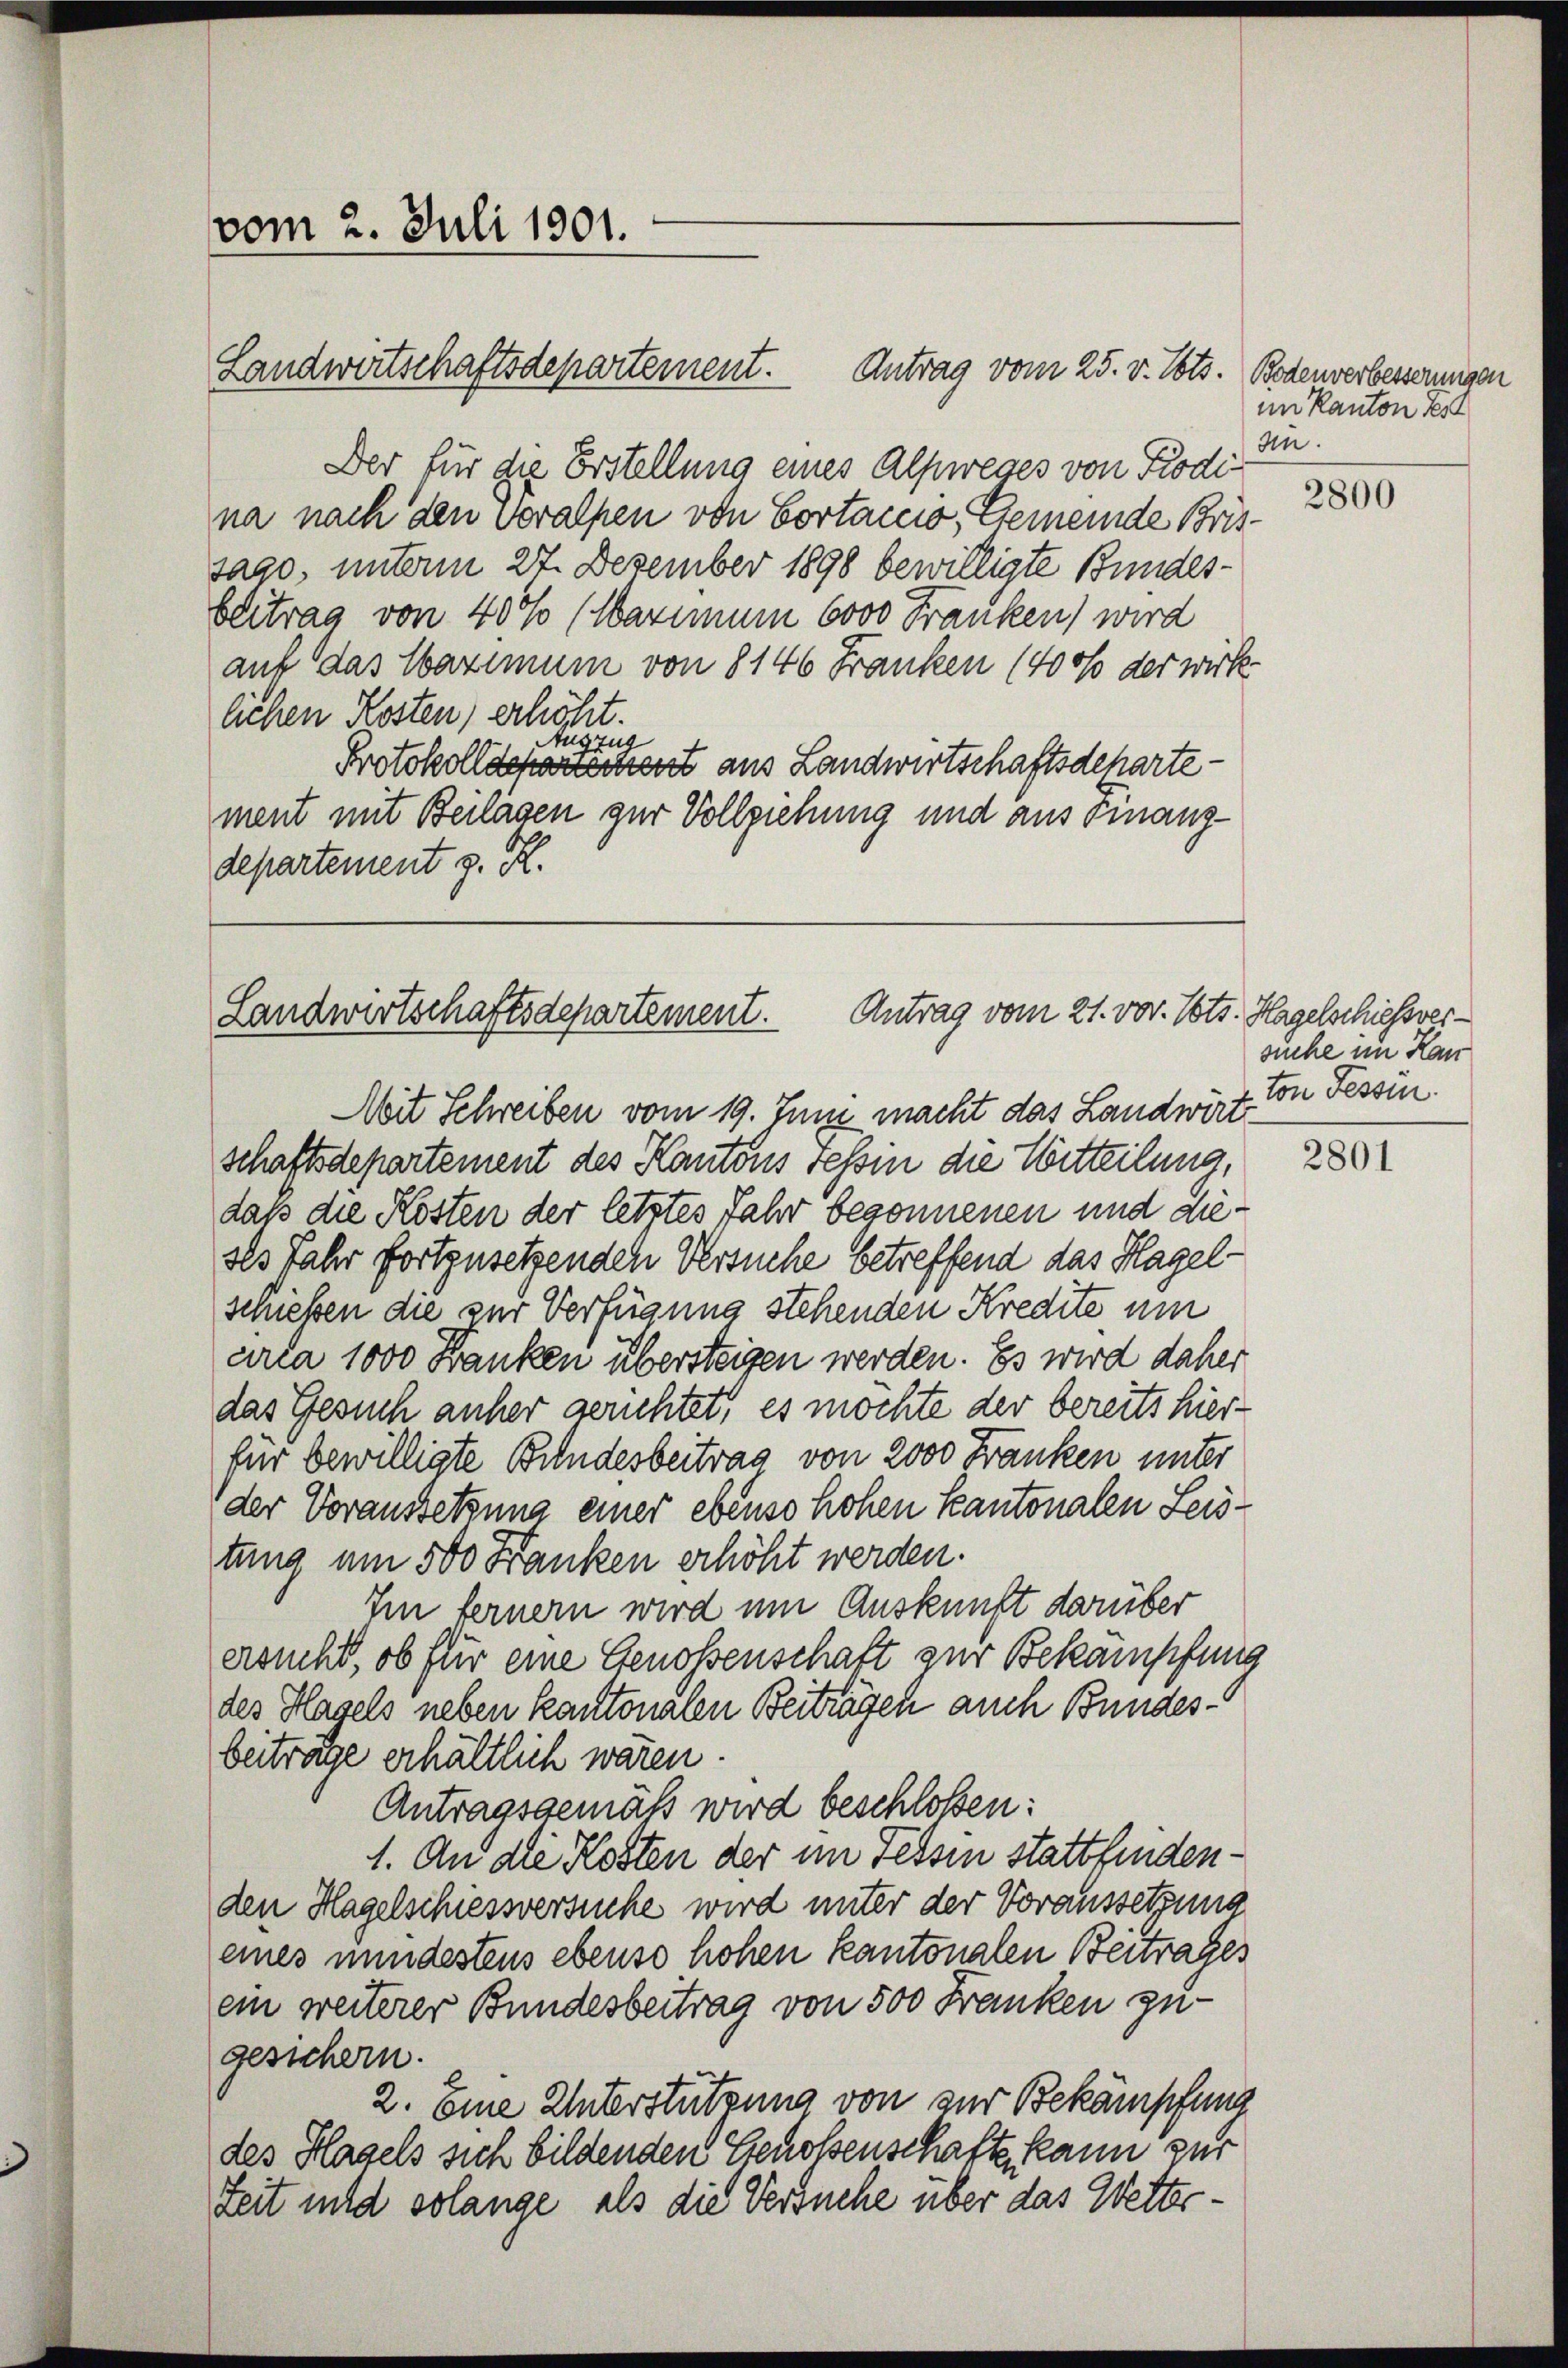
vom 2. Juli 1901.

Landwirtschaftsdepartement. Antrag vom 25. v. Mts. Bodenverbesserungen
Der für die Erstellung eines Alpweges von Kodi
na nach den veralpen von Cortaccio, Gemeinde Brissago, unterm 27. Dezember 1898 bewilligte Bundes-
beitrag von 400 (Warium 6000 Franken wird
auf das Maximum von 8 146 Franken (4000 der wirke
lichen Kosten, erhöht.
Auszug
Protokolldepartement aus Landwirtschaftsdepartement mit Beilagen zur Vollziehung und aus Finanzdepartement z. R.

Mit Schreiben vom 19. Juni macht das Landwirt von Tessin
schaftsdepartement des Kantons Tessin die Witteilung,
daß die Kosten der letztes Jahr begonnenen und dieses Jahr fortzusetzenden Versuche betreffend das Hagel-
schießen die zur Verfügung stehenden Kredite um
arca 1000 Banken übersteigen werden. Es wird daher
das Gesuch anher gerichtet, es möchte der bereits hierfür bewilligte Bundesbeitrag von 2000 Franken unter
der Voraussetzung einer ebenso hohen Kantonalen Leistung am 500 Franken erhöht werden.
Im ferner wird um Auskunft darüber
ersucht, ob für eine Genoßenschaft zur Bekämpfung
des Hagels neben kantonalen Beiträgen auch Bundesbeiträge erhältlich wären.
Antragsgemäß wird beschloßen:
1. An die Kosten der im Tessin stattfindenden Hagelschiessversuche wird unter der Voraussetzung
eines mindestens ebenso hohen kantonalen Beitrages
ein weiterer Bundesbeitrag von 500 Franken zu-
gesichern.
2. Eine Unterstützung von zur Bekämpfung
des Hagels sich bildenden Genossenschafte kann zur
Zeit und solange, als die Versuche über das Wetter¬

Landwirtschaftsdepartement. Antrag vom 21. vor. Pots

im Kanton Test
In.

2800

Hagelschiessversuche im Han

2801